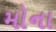
મોના